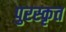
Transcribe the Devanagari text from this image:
पुरस्‍कृत